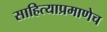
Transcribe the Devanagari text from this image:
साहित्याप्रमाणेच